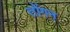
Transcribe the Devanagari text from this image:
तोंगन